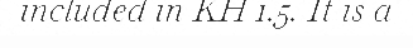
included in KH 1.5. It is a